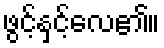
ဖွင့်နှင့်လေ၏။